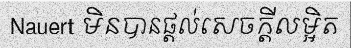
Nauert មិនបានផ្តល់សេចក្តីលម្អិត